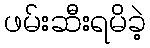
ဖမ်းဆီးရမိခဲ့